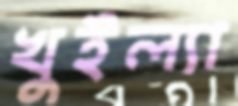
খুইল্যা